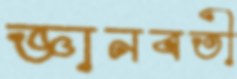
জ্ঞানবতী